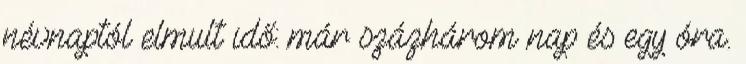
névnaptól elmult idő: már százhárom nap és egy óra.